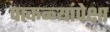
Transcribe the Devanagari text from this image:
पाकळ्यांपेक्षा